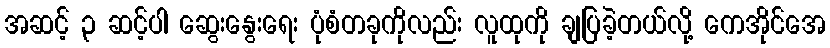
အဆင့် ၃ ဆင့်ပါ ဆွေးနွေးရေး ပုံစံတခုကိုလည်း လူထုကို ချပြခဲ့တယ်လို့ ကေအိုင်အေ